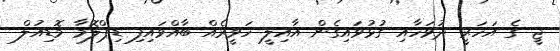
ޖީ ގެ އަހަރީ ދުވަހާއި ގުޅުވައިގެން އާއިލީ ހަވީރެއް ބާއްވައިފި ޑިޕްލޮމާ މޮޑިއުލް